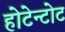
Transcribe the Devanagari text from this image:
होटेन्टोट